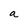
Character: a